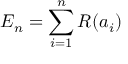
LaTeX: E _ { n } = \sum _ { i = 1 } ^ { n } R ( a _ { i } )